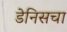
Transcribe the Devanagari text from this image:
डेनिसचा